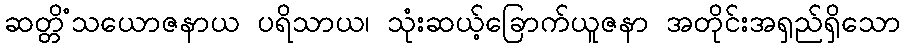
ဆတ္တိံသယောဇနာယ ပရိသာယ၊ သုံးဆယ့်ခြောက်ယူဇနာ အတိုင်းအရှည်ရှိသော